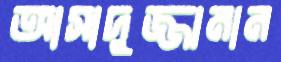
আসাদুজ্জামান